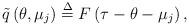
LaTeX: \begin{align*} \tilde q\left( {\theta ,{\mu _j}} \right) \buildrel \Delta \over = F\left( {\tau - \theta - {\mu _j}} \right),\end{align*}